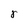
Character: r